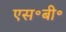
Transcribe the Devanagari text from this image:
एस॰बी॰